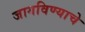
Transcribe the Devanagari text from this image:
जागविण्याचे